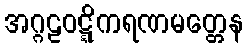
အဂ္ဂဠဝဋ္ဋိကရဏမတ္တေန